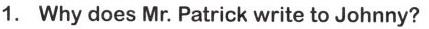
1. Why does Mr. Patrick write to Johnny?